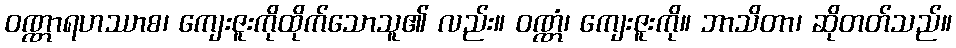
ဝဏ္ဏာရဟဿာစ၊ ကျေးဇူးကိုထိုက်သောသူ၏ လည်း။ ဝဏ္ဏံ၊ ကျေးဇူးကို။ ဘာသိတာ၊ ဆိုတတ်သည်။